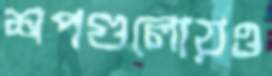
শপগুলোয়ও